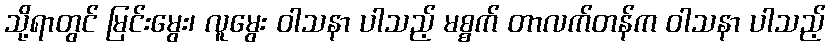
သို့ရာတွင် မြင်းမွေး၊ လူမွေး ဝါသနာ ပါသည့် မစ္စက် တာလက်တန်က ဝါသနာ ပါသည့်